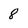
Character: 8